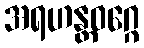
အရဟန္တဝဂ္ဂေ